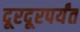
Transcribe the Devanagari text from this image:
दूरदूरपर्यंत